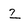
Character: 2